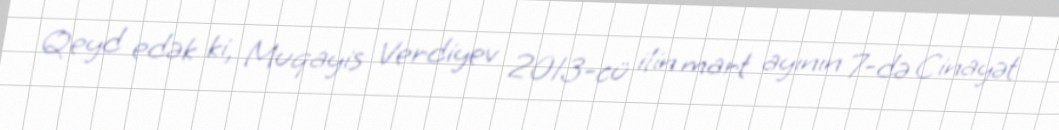
Qeyd edək ki, Muqayis Verdiyev 2013-cü ilin mart ayının 7-də Cinayət